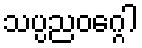
သပ္ပညဝဂ္ဂေါ